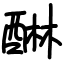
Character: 醂